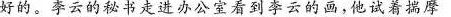
好的。李云的秘书走进办公室看到李云的画，他试着揣摩